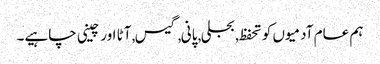
ہم عام آدمیوں کو تحفظ, بجلی, پانی, گیس, آٹا اور چینی چاہیے۔